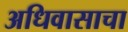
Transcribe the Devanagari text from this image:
अधिवासाचा